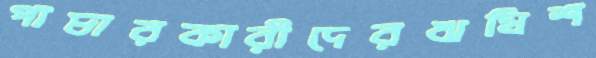
পাচারকারীদেরঋষিশ